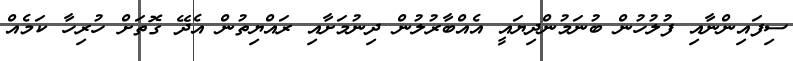
ސިފައިންނާއި ފުލުހުން ބުނަމުންދިޔައީ އެއްބާރުލުން ދިނުމަށާއި ރައްޔިތުން އެދޭ ގޮތަށް ހުރިހާ ކަމެއް